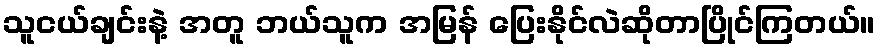
သူငယ်ချင်းနဲ့ အတူ ဘယ်သူက အမြန် ပြေးနိုင်လဲဆိုတာပြိုင်ကြတယ်။